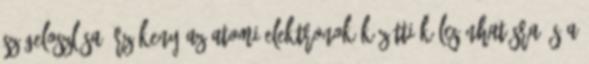
szögeloszlása érzékeny az atomi elektronok közötti kölcsönhatásra és a